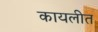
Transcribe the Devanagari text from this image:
कायलीत